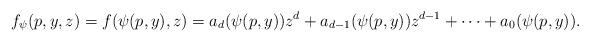
LaTeX: \begin{align*}f_\psi (p,y,z) = f(\psi (p,y), z) = a_d(\psi (p,y)) z^d + a_{d-1}(\psi (p,y)) z^ {d-1} + \cdots + a_0(\psi (p,y)). \end{align*}